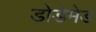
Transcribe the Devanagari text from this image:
डोडेमेड